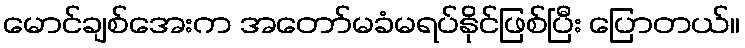
မောင်ချစ်အေးက အတော်မခံမရပ်နိုင်ဖြစ်ပြီး ပြောတယ်။